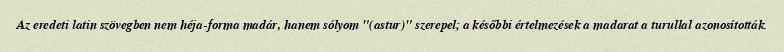
Az eredeti latin szövegben nem héja-forma madár, hanem sólyom "(astur)" szerepel; a későbbi értelmezések a madarat a turullal azonosították.